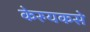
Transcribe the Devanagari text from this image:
केरुयकसे